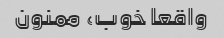
واقعا خوب، ممنون